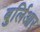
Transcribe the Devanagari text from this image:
बुर्लिआर